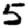
Digit: 5